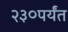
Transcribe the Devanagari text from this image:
२३०पर्यंत